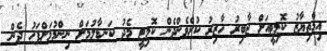
އިމްތިޔާޒު ކޮމިޓީއަށް ޖާބިރު ހާޒިރު ކުރެވެންދެން ކޮމިޓީ މެދު ކަނޑާލުމަށް ނިންމުމަށްފަހު ދެން